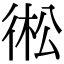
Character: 𢔋